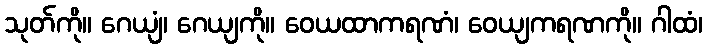
သုတ်ကို။ ဂေယျံ၊ ဂေယျကို။ ဝေယထာကရဏံ၊ ဝေယျကရဏကို။ ဂါထံ၊